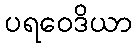
ပရဝေဒိယာ